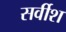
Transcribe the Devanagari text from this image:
सर्वीश